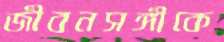
জীবনসঙ্গীকে